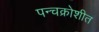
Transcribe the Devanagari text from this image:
पन्चक्रोशीत